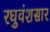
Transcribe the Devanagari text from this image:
रघुवंशसार